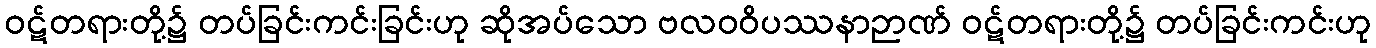
ဝဋ်တရားတို့၌ တပ်ခြင်းကင်းခြင်းဟု ဆိုအပ်သော ဗလဝဝိပဿနာဉာဏ် ဝဋ်တရားတို့၌ တပ်ခြင်းကင်းဟု